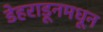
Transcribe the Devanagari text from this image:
डेहराडूनमधून